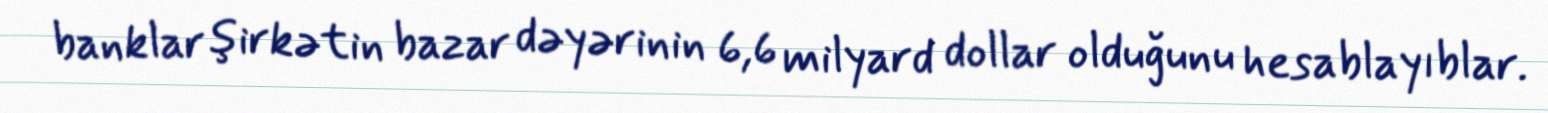
banklar şirkətin bazar dəyərinin 6,6 milyard dollar olduğunu hesablayıblar.